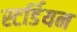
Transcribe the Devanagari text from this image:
स्टर्डियन